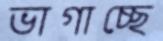
ভাগাচ্ছে